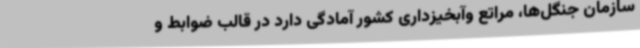
سازمان جنگل‌ها، مراتع وآبخیزداری کشور آمادگی دارد در قالب ضوابط و